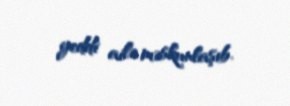
yeddi ailə məskunlaşıb.